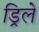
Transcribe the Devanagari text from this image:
ड्रिलें